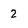
Character: 2